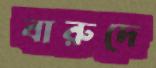
বারুদে